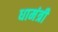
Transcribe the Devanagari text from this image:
धामंत्री